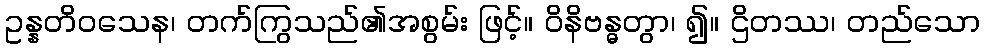
ဥန္နတိဝသေန၊ တက်ကြွသည်၏အစွမ်း ဖြင့်။ ဝိနိဗန္ဓတွာ၊ ၍။ ဌိတဿ၊ တည်သော